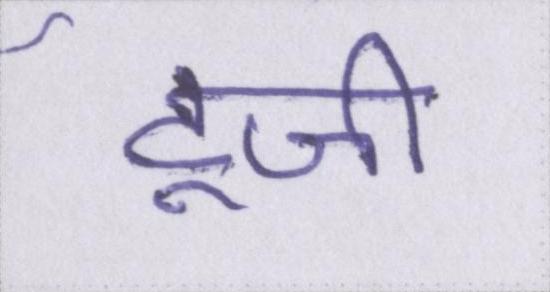
टूजी